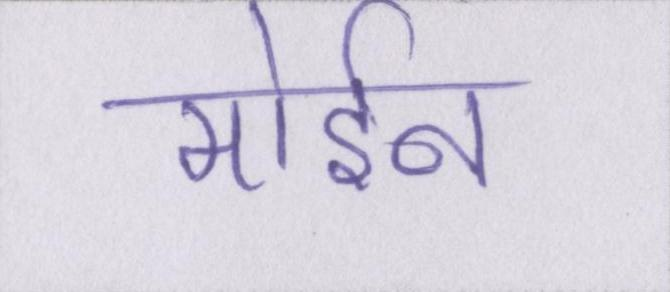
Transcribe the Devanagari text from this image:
मोईन